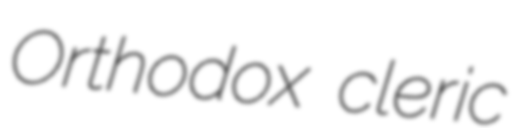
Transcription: Orthodox cleric